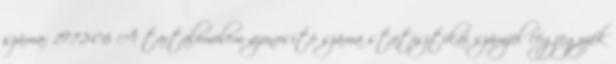
száma: 1972-06 A tartalomelem azonosító száma statisztikai számjel cégjegyzék